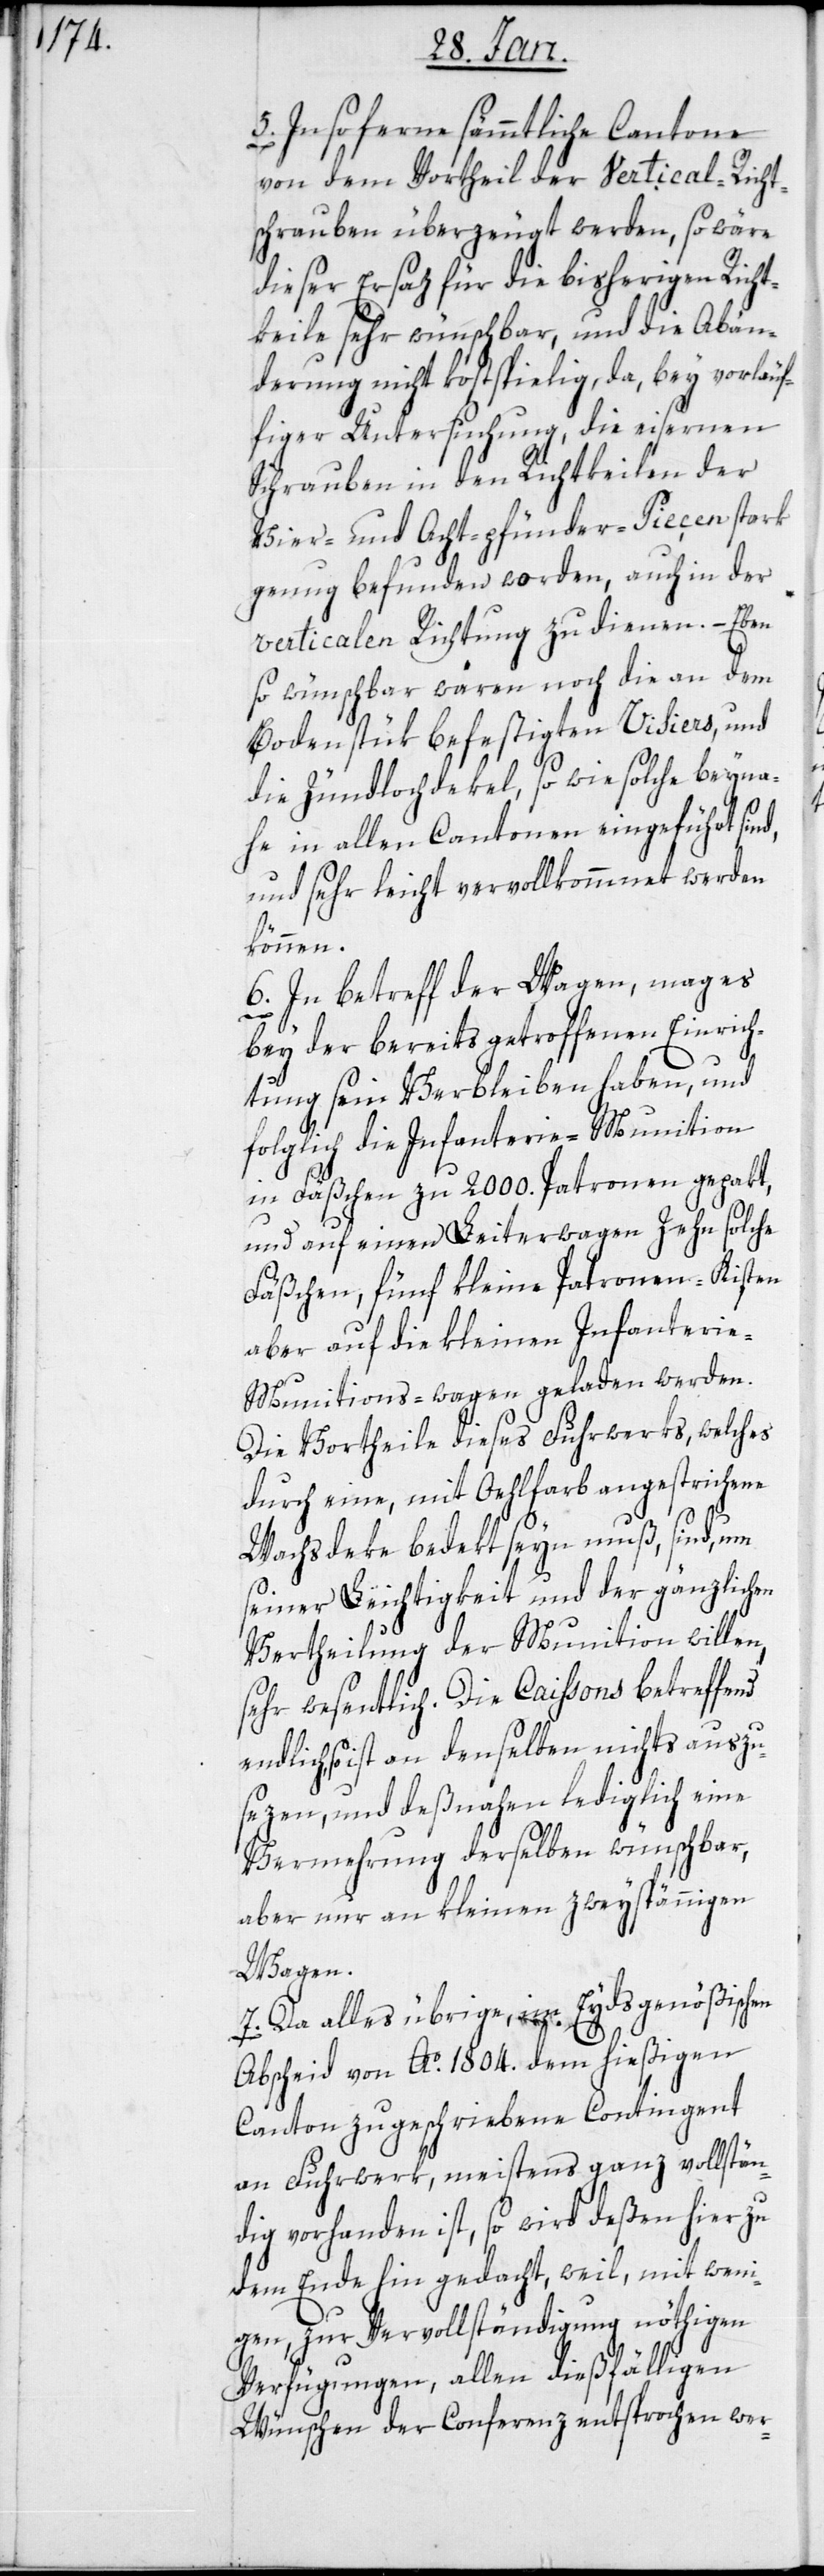
5. Insoferne sämmtliche Cantone
von dem Vortheil der Vertical-Richt¬
schrauben überzeugt werden, so wäre
dieser Ersaz für die bisherigen Richt¬
keile sehr wünschbar, und die Abän¬
derung nicht kostspielig, da, bey vorläuf¬
figer Untersuchung, die eisernen
Schrauben in den Richtkeilen der
Vier- und Acht-pfünder-Pieçen stark
genug befunden worden, auch in der
verticalen Richtung zu dienen. – Eben
so wünschbar wären noch die an dem
Bodenstük befestigten Visiers, und
die Zündlochdekel, so wie solche beyna¬
he in allen Cantonen eingeführt sin¬
und sehr leicht vervollkommnet werden
können.
6. In netreff der Wagen, mag es
d,
bey der bereits getroffenen Einrich¬
tung sein Verbleiben haben, und
folglich die Infanterie-Munition
in Fäßchen zu 2000. Patronen gepakt,
und auf einen Leiterwagen Zehn solche
Fäßchen, fünf kleine Patronen-Kisten
aber auf die kleinen Infanteri¬
e-Munitions-wagen geladen werden.
Die Vortheile dieses Fuhrwerks, welches
durch eine mit Oehlfarb angestrichene
Wachsdeke bedekt seyn muß, sind, um
seiner Leichtigkeit und der gänzlichen
Vertheilung der Munition willen,
sehr wesentlich. Die Caissons betreffend
endlich, so ist an denselben nichts auszu¬
sezen, und deßnahen lediglich eine
Vermehrung derselben wünschbar,
aber nur an kleinen zweyspännigen
Wagen.
7. Da alles übrige, im Eydsgenößischen
Abscheid von Ao. 1804. dem hießigen
Canton zugeschriebene Contingent
an Fuhrwerk, meistens ganz vollstän¬
dig vorhanden ist, so wird deßen hierzu
dem Ende hin gedacht, weil, mit weni¬
gen zur Vervollständigung nöthigen
Verfügungen, allen dießfälligen
Wünschen der Conferenz entsprochen wer-